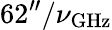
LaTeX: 62^{\prime\prime}/\nu_{\mathrm{GHz}}